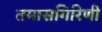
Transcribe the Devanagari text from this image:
तमासगिरिणी